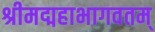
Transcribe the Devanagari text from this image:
श्रीमद्महाभागवतम्